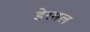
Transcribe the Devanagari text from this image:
डेरमल